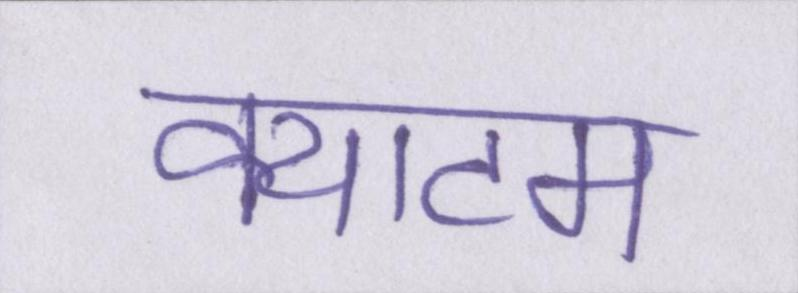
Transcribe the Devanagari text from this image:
क्याटम